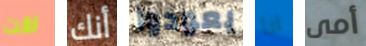
لقت أنك يعودوا انا أمى